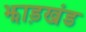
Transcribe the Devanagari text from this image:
झाड़खंड